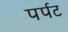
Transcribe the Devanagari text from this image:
पर्पट